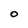
Character: O